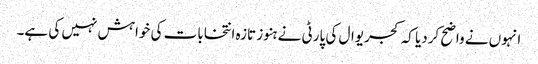
انہوں نے واضح کردیا کہ کجریوال کی پارٹی نے ہنوز تازہ انتخابات کی خواہش نہیں کی ہے۔